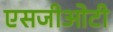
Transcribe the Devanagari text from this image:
एसजीओटी